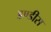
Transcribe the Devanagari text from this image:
डण्डीस